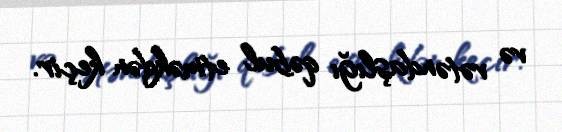
və vətəndaşlığı qəbul etməkdən keçir.